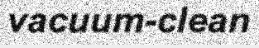
vacuum-clean